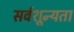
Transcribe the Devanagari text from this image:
सर्वशून्यता